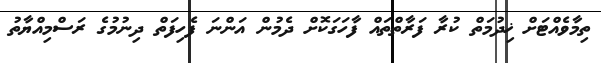
ތިމާވެއްޓަށް ޚިދުމަތް ކުރާ ފަރާތްތައް ފާހަގަކޮށް ދެމުން އަންނަ ފެހިފަތް ދިނުމުގެ ރަސްމިއްޔާތު